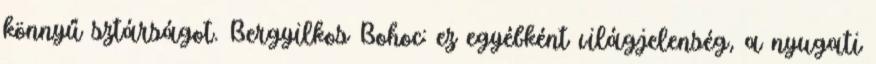
könnyű sztárságot. Bergyilkos Bohoc: ez egyébként világjelenség, a nyugati